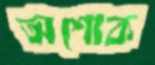
অশোক